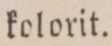
kolorit.